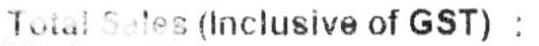
TOTAL SATES(INCLUSIVE OF GST):